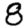
Digit: 8